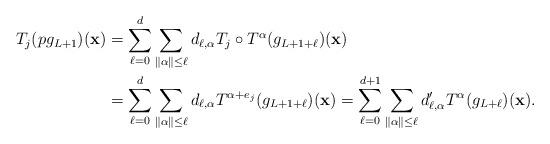
LaTeX: \begin{align*}T_j(pg_{L+1})(\mathbf{x})&=\sum_{\ell=0}^{d}\sum_{\|\alpha\| \leq \ell}d_{\ell,\alpha}T_j \circ T^{\alpha}(g_{L+1+\ell})(\mathbf{x})\\&=\sum_{\ell=0}^{d}\sum_{\|\alpha\| \leq \ell}d_{\ell,\alpha}T^{\alpha+e_j}(g_{L+1+\ell})(\mathbf{x})=\sum_{\ell=0}^{d+1}\sum_{\|\alpha\| \leq \ell}d_{\ell,\alpha}'T^{\alpha}(g_{L+\ell})(\mathbf{x}).\end{align*}